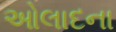
ઓલાદના